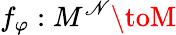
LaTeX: f_{\varphi}:M^{\mathscr{N}}\toM